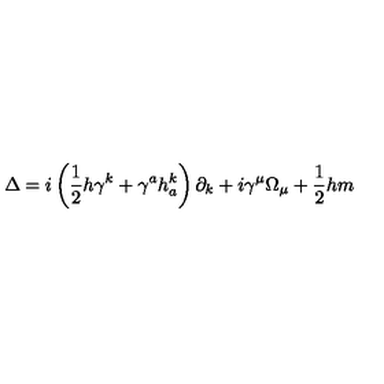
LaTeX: \Delta = i \left( \frac 1 2 h \gamma ^ { k } + \gamma ^ { a } h _ { a } ^ { k } \right) \partial _ { k } + i \gamma ^ { \mu } \Omega _ { \mu } + \frac 1 2 h m